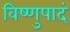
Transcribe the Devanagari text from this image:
विष्णुपादं